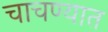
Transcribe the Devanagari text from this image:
चाचण्यात